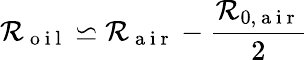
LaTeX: \mathcal{R}_{\mathrm{{~o~i~l~}}}\backsimeq\mathcal{R}_{\mathrm{{~a~i~r~}}}-\frac{{\mathcal{R}_{0,\mathrm{{~a~i~r~}}}}}{{2}}